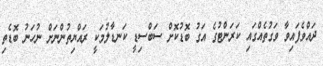
ދައްވެފައިވާ ވަގުތެއްގައި ކަރަންޓުގެ އަގު ބޮޑުކޮށް ސަބްސިޑީ ކަނޑާލުމަކީ ރައްޔިތުންނަށް ނުހަނު ބޮޑެތި